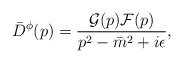
\begin{align*}{\bar D}^\phi(p)=\frac{{\cal G}(p){\cal F}(p)}{p^2-{\bar m}^2+i\epsilon},\end{align*}